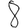
Digit: 8